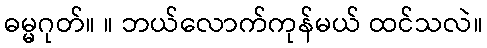
ဓမ္မဂုတ်။ ။ ဘယ်လောက်ကုန်မယ် ထင်သလဲ။